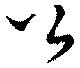
公